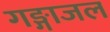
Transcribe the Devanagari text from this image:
गङ्गाजल